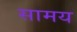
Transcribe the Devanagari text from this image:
सामय